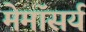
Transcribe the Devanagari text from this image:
मेमॉसर्य